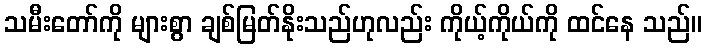
သမီးတော်ကို များစွာ ချစ်မြတ်နိုးသည်ဟုလည်း ကိုယ့်ကိုယ်ကို ထင်နေ သည်။